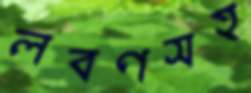
লবণসহ